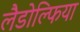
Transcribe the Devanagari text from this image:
लैडोल्फिया